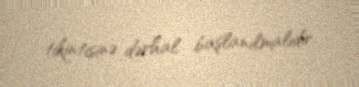
tikintisinə dərhal başlanılmalıdır.